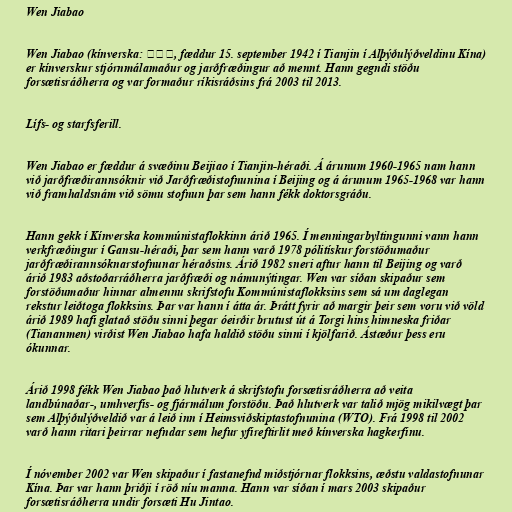
Wen Jiabao

Wen Jiabao (kínverska: 温家宝, fæddur 15. september 1942 í Tianjin í Alþýðulýðveldinu Kína)
er kínverskur stjórnmálamaður og jarðfræðingur að mennt. Hann gegndi stöðu
forsætisráðherra og var formaður ríkisráðsins frá 2003 til 2013.

Lífs- og starfsferill.

Wen Jiabao er fæddur á svæðinu Beijiao í Tianjin-héraði. Á árunum 1960-1965 nam hann
við jarðfræðirannsóknir við Jarðfræðistofnunina í Beijing og á árunum 1965-1968 var hann
við framhaldsnám við sömu stofnun þar sem hann fékk doktorsgráðu.

Hann gekk í Kínverska kommúnistaflokkinn árið 1965. Í menningarbyltingunni vann hann
verkfræðingur í Gansu-héraði, þar sem hann varð 1978 pólitískur forstöðumaður
jarðfræðirannsóknarstofnunar héraðsins. Árið 1982 sneri aftur hann til Beijing og varð
árið 1983 aðstoðarráðherra jarðfræði og námunýtingar. Wen var síðan skipaður sem
forstöðumaður hinnar almennu skrifstofu Kommúnistaflokksins sem sá um daglegan
rekstur leiðtoga flokksins. Þar var hann í átta ár. Þrátt fyrir að margir þeir sem voru við völd
árið 1989 hafi glatað stöðu sinni þegar óeirðir brutust út á Torgi hins himneska friðar
(Tiananmen) virðist Wen Jiabao hafa haldið stöðu sinni í kjölfarið. Ástæður þess eru
ókunnar.

Árið 1998 fékk Wen Jiabao það hlutverk á skrifstofu forsætisráðherra að veita
landbúnaðar-, umhverfis- og fjármálum forstöðu. Það hlutverk var talið mjög mikilvægt þar
sem Alþýðulýðveldið var á leið inn í Heimsviðskiptastofnunina (WTO). Frá 1998 til 2002
varð hann ritari þeirrar nefndar sem hefur yfireftirlit með kínverska hagkerfinu.

Í nóvember 2002 var Wen skipaður í fastanefnd miðstjórnar flokksins, æðstu valdastofnunar
Kína. Þar var hann þriðji í röð níu manna. Hann var síðan í mars 2003 skipaður
forsætisráðherra undir forsæti Hu Jintao.